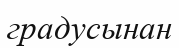
градусынан